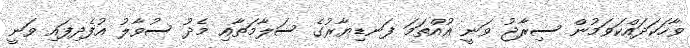
ވާހަކަދައްކަވަމުން ސިރާޖު ވަނީ އުއްތަމަ ފަނޑިޔާރުގެ ސަލާމަތާއި މެދު ސުވާލު އުފެދިފައި ވަނީ